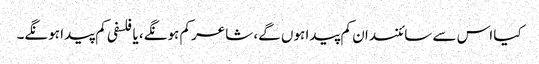
کیا اس سے سائنسدان کم پیدا ہوں گے، شاعر کم ہونگے، یا فلسفی کم پیدا ہونگے۔